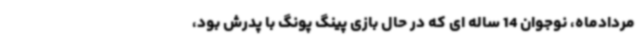
مردادماه، نوجوان 14 ساله ای که در حال بازی پینگ پونگ با پدرش بود،